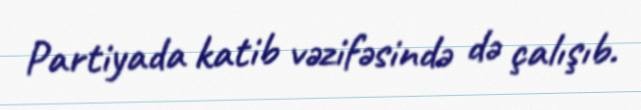
Partiyada katib vəzifəsində də çalışıb.